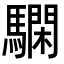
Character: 𩦃